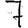
Digit: 7